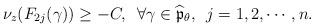
LaTeX: \begin{align*}\nu_z(F_{2j}(\gamma)) \geq -C, \,\ \forall \gamma \in \widehat{\mathfrak{p}}_{\theta}, \,\ j=1,2,\cdots,n.\end{align*}